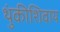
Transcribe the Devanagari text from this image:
थुंकीशिवाय